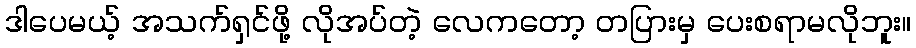
ဒါပေမယ့် အသက်ရှင်ဖို့ လိုအပ်တဲ့ လေကတော့ တပြားမှ ပေးစရာမလိုဘူး။